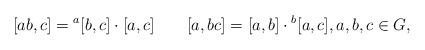
LaTeX: \begin{align*}[ab,c]={}^a[b,c]\cdot[a,c]\qquad[a,bc]=[a,b]\cdot {}^b[a,c],a,b,c\in G,\end{align*}